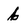
Character: b